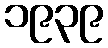
၁၉၃၉